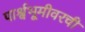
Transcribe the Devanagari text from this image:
पार्श्वभूमीवरची